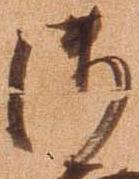
御